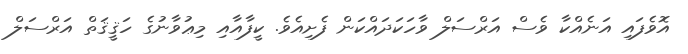
އޮވެފައި އަނެއްކާ ވެސް އަރްސަލް ވާހަކަދައްކަން ފެށިއެވެ. ކީފާއާއި މިޢުވާނުގެ ހަޤީޤަތް އަރްސަލް